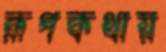
রূপকথায়